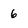
Character: 6